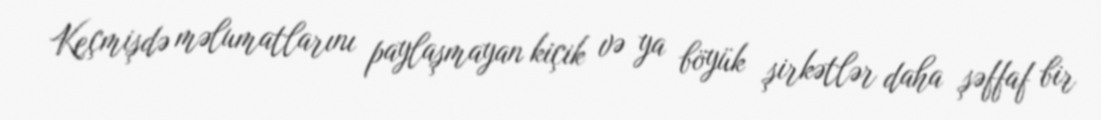
Keçmişdə məlumatlarını paylaşmayan kiçik və ya böyük şirkətlər daha şəffaf bir